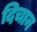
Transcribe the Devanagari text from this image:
दिचान